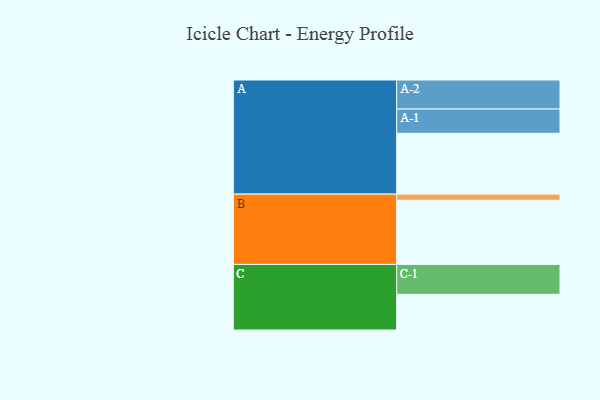
{"axis": {"x": "Segment", "y": "Value"}, "legend": ["", "A", "B", "C"], "data": [{"x": "A", "y": 511, "type": ""}, {"x": "B", "y": 539, "type": ""}, {"x": "C", "y": 300, "type": ""}, {"x": "A-1", "y": 204, "type": "A"}, {"x": "A-2", "y": 244, "type": "A"}, {"x": "B-1", "y": 52, "type": "B"}, {"x": "C-1", "y": 251, "type": "C"}]}